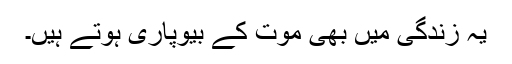
یہ زندگی میں بھی موت کے بیوپاری ہوتے ہیں۔